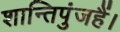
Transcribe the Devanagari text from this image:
शान्तिपुंजहैं।